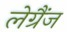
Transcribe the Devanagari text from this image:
लेग्रैंज